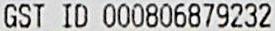
GST ID 000806879232